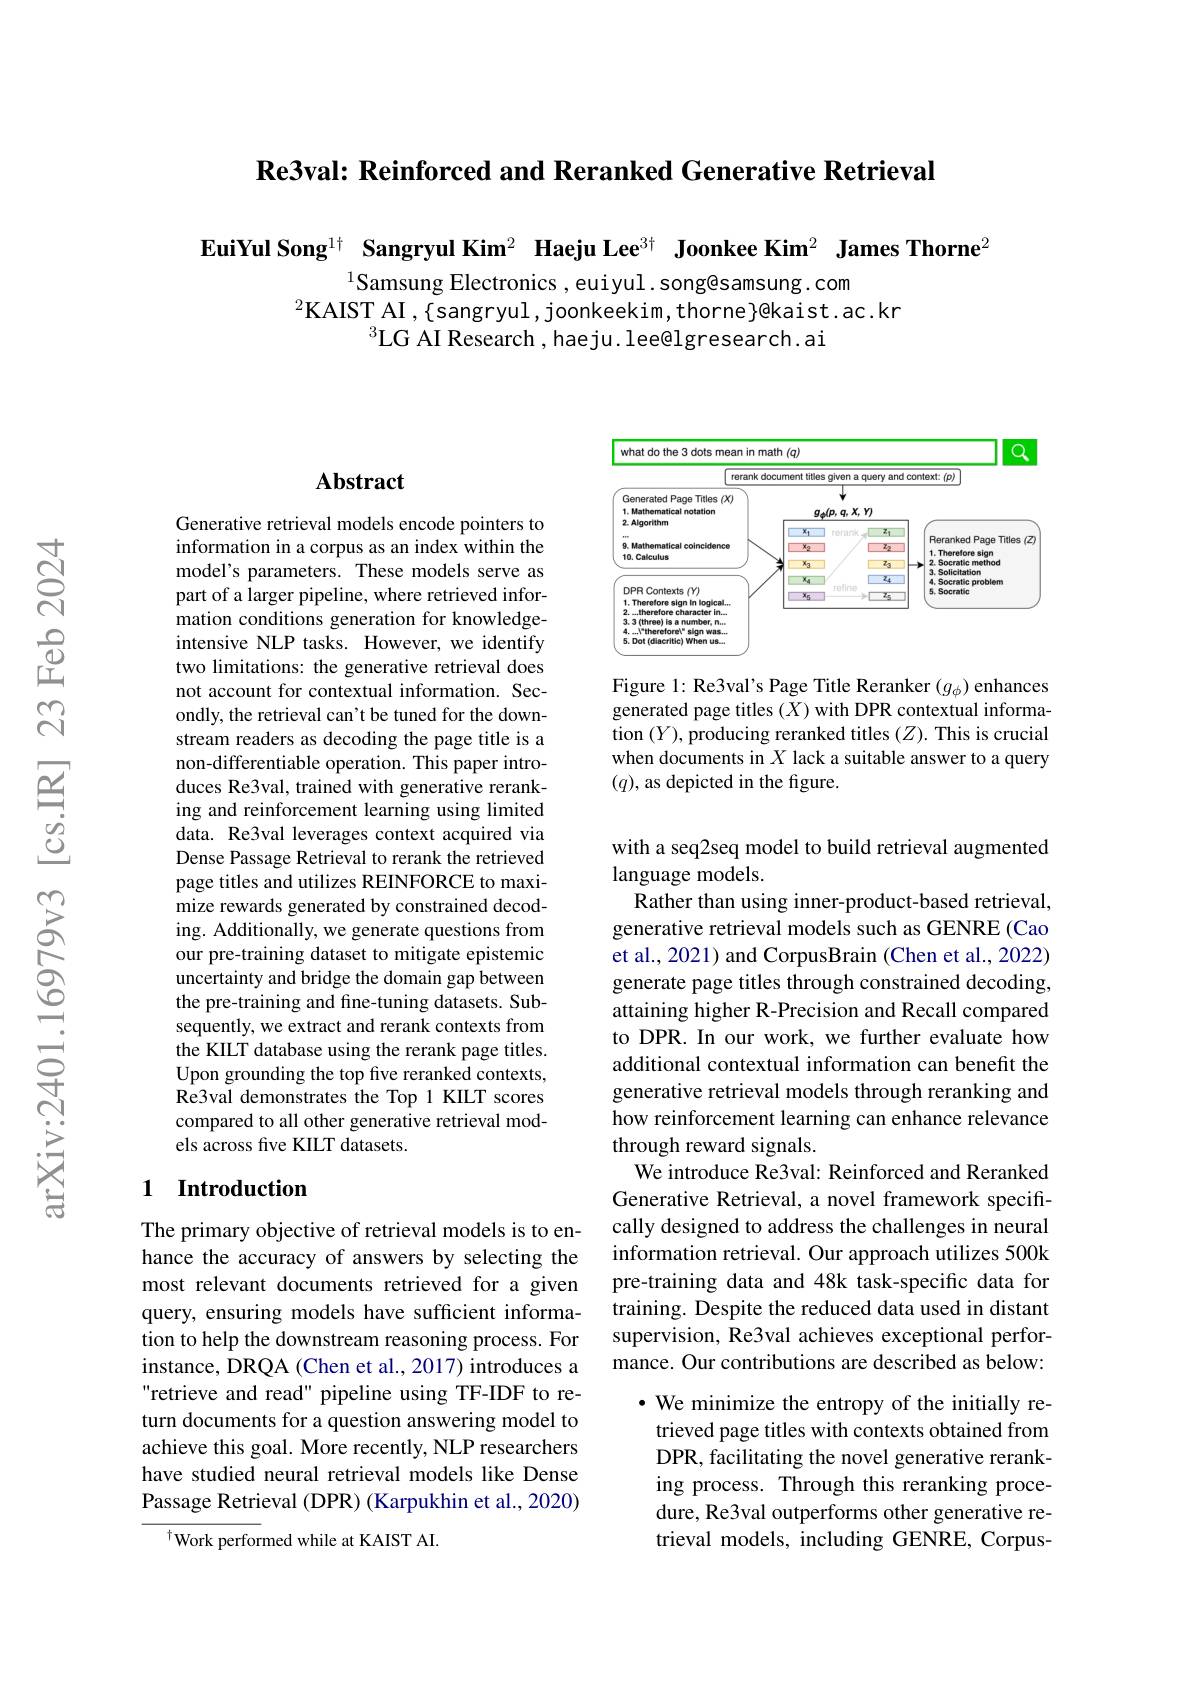
$\textbf{Re3val: Reinforced and Reranked Generative Retrieval}$

EuiYul Song$^{1\dagger}$ Sangryul Kim$^2$ Haeju Lee$^3\dagger\textbf{ Joonkee Kim}^2\textbf{ James Thorne}^2$

$^{1}$Samsung Electronics , euiyul. song@samsung. com
$^2$KAIST AI , { }sangryul, joonkeekim, thorne}@kaist.ac.kr
$^{3}$LG AI Research, haeju. lee@lgresearch.ai

### Abstract

Generative retrieval models encode pointers to information in a corpus as an index within the model's parameters. These models serve as part of a larger pipeline, where retrieved information conditions generation for knowledgeintensive NLP tasks. However, we identify two limitations: the generative retrieval does not account for contextual information. Secondly, the retrieval can't be tuned for the downstream readers as decoding the page title is a non-differentiable operation. This paper introduces Re3val, trained with generative reranking and reinforcement learning using limited data. Re3val leverages context acquired via Dense Passage Retrieval to rerank the retrieved page titles and utilizes REINFORCE to maximize rewards generated by constrained decoding. Additionally, we generate questions from our pre-training dataset to mitigate epistemic uncertainty and bridge the domain gap between the pre-training and fine-tuning datasets. Subsequently, we extract and rerank contexts from the KILT database using the rerank page titles. Upon grounding the top five reranked contexts, Re3val demonstrates the Top 1 KILT scores compared to all other generative retrieval models across five KILT datasets.

### 1 Introduction

The primary objective of retrieval models is to enhance the accuracy of answers by selecting the most relevant documents retrieved for a given query, ensuring models have sufficient information to help the downstream reasoning process. For instance, DRQA (Chen et al., 2017) introduces a retrieve and read" pipeline using TF-IDF to return documents for a question answering model to achieve this goal. More recently, NLP researchers have studied neural retrieval models like Dense Passage Retrieval (DPR) (Karpukhin et al., 2020)

$^{\dagger}$Work performed while at KAIST AI.

<FigureHere>

Figure 1: Re3val's Page Title Reranker $(g_\phi)$ enhances generated page titles $(X)$ with DPR contextual information $(Y)$,producing reranked titles $(Z).$ This is crucial when documents in $X$ lack a suitable answer to a query $(q)$,as depicted in the figure.

with a seq2seq model to build retrieval augmented
language models.
Rather than using inner-product-based retrieval, generative retrieval models such as GENRE (Cao et al., 2021) and CorpusBrain (Chen et al., 2022) generate page titles through constrained decoding, attaining higher R-Precision and Recall compared to DPR. In our work, we further evaluate how additional contextual information can benefit the generative retrieval models through reranking and how reinforcement learning can enhance relevance through reward signals.
We introduce Re3val: Reinforced and Reranked Generative Retrieval, a novel framework specifically designed to address the challenges in neural information retrieval. Our approach utilizes 500k pre-training data and 48k task-specific data for training. Despite the reduced data used in distant supervision, Re3val achieves exceptional performance. Our contributions are described as below: · We minimize the entropy of the initially retrieved page titles with contexts obtained from DPR, facilitating the novel generative reranking process. Through this reranking procedure, Re3val outperforms other generative retrieval models, including GENRE, Corpus-